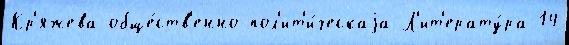
Кр'яжева обще́ств'енно-пол'ит'и́ческаjа Л'ит'ерату́ра 14